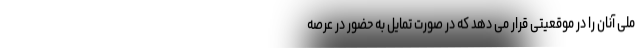
ملی آنان را در موقعیتی قرار می ‌دهد که در صورت تمایل به حضور در عرصه